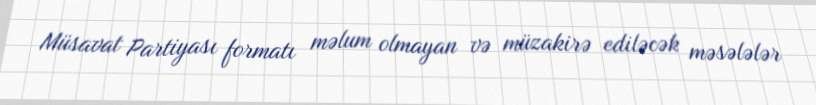
Müsavat Partiyası formatı məlum olmayan və müzakirə ediləcək məsələlər